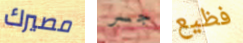
مصيرك جسر فظيع